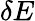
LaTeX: {\mathbf\delta E}